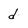
Character: d